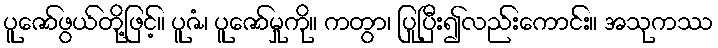
ပူဇော်ဖွယ်တို့ဖြင့်။ ပူဇံ၊ ပူဇော်မှုကို။ ကတွာ၊ ပြုပြီး၍လည်းကောင်း။ အသုကဿ